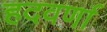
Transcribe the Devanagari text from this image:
हदवर्णा